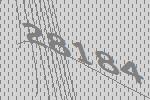
28184